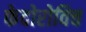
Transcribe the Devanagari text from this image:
फेदोरोविच